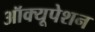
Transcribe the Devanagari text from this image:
ऑक्यूपेशन